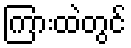
ကြားထဲတွင်